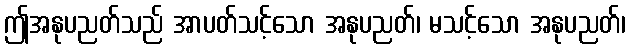
ဤအနုပညတ်သည် အာပတ်သင့်သော အနုပညတ်၊ မသင့်သော အနုပညတ်၊